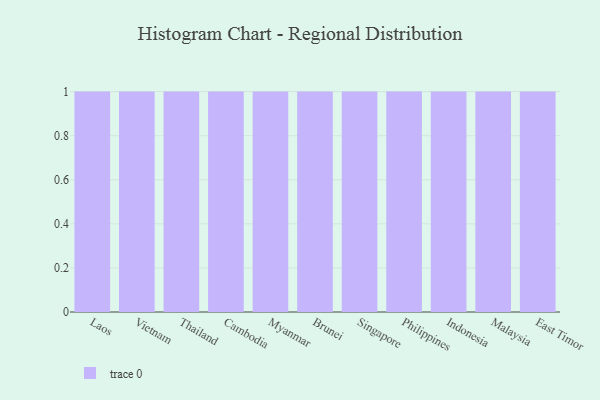
{"axis": {"x": "Country", "y": "Gross Profit (USD K)"}, "legend": [""], "data": [{"x": "Laos", "y": 3, "type": ""}, {"x": "Vietnam", "y": 86, "type": ""}, {"x": "Thailand", "y": 47, "type": ""}, {"x": "Cambodia", "y": 92, "type": ""}, {"x": "Myanmar", "y": 71, "type": ""}, {"x": "Brunei", "y": 69, "type": ""}, {"x": "Singapore", "y": 58, "type": ""}, {"x": "Philippines", "y": 2, "type": ""}, {"x": "Indonesia", "y": 28, "type": ""}, {"x": "Malaysia", "y": 98, "type": ""}, {"x": "East Timor", "y": 42, "type": ""}]}